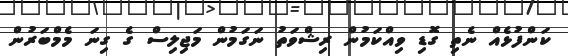
ކަންފުޅެއް ނެތި ގޮޑި ވިއްކަމުން ރިޝްވަތު ނަގަމުން މަޖިލިސް ގެ ގިނަ މެމްބަރުން